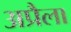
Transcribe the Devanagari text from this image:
अप्रैला